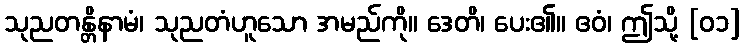
သုညတန္တိနာမံ၊ သုညတံဟူသော အမည်ကို။ ဒေတိ၊ ပေး၏။ ဧဝံ၊ ဤသို့ [၀၁]